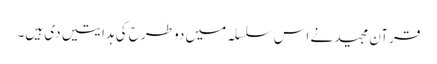
قرآن مجید نے اس سلسلہ میں دو طرح کی ہدایتیں دی ہیں۔